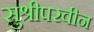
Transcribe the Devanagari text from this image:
सुश्रीपरवीन